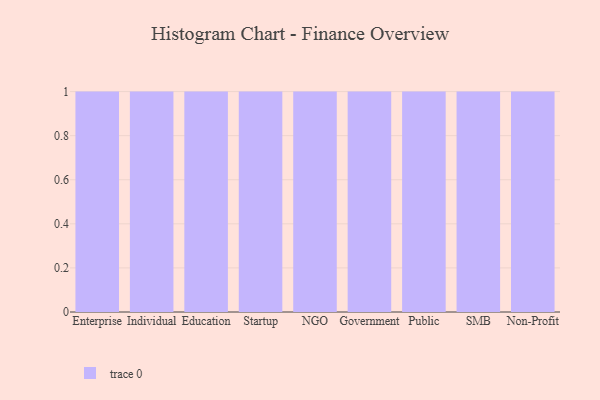
{"axis": {"x": "Segment", "y": "Net Income (USD K)"}, "legend": [""], "data": [{"x": "Enterprise", "y": 53, "type": ""}, {"x": "Individual", "y": 95, "type": ""}, {"x": "Education", "y": 60, "type": ""}, {"x": "Startup", "y": 12, "type": ""}, {"x": "NGO", "y": 83, "type": ""}, {"x": "Government", "y": 19, "type": ""}, {"x": "Public", "y": 28, "type": ""}, {"x": "SMB", "y": 2, "type": ""}, {"x": "Non-Profit", "y": 88, "type": ""}]}